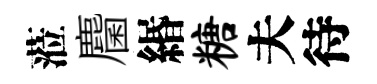
蒞麕緡糖夫待